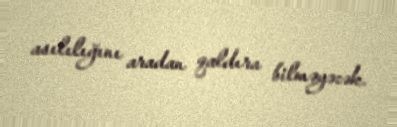
asılılığını aradan qaldıra bilməyəcək.